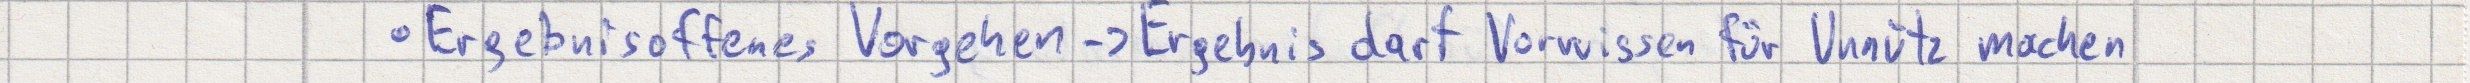
- Ergebnisoffenes Vorgehen -> Ergebnis darf Vorwissen für Unnütz machen